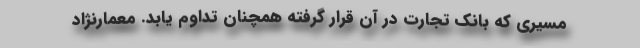
مسیری که بانک تجارت در آن قرار گرفته همچنان تداوم یابد. معمارنژاد